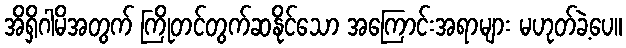
အိရှိဂါမိအတွက် ကြိုတင်တွက်ဆနိုင်သော အကြောင်းအရာများ မဟုတ်ခဲ့ပေ။